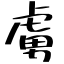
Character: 虜